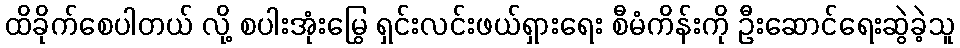
ထိခိုက်စေပါတယ် လို့ စပါးအုံးမြွေ ရှင်းလင်းဖယ်ရှားရေး စီမံကိန်းကို ဦးဆောင်ရေးဆွဲခဲ့သူ